Lunatic asylums Madras 1877-1891 - 1877-1891
Year: 1877
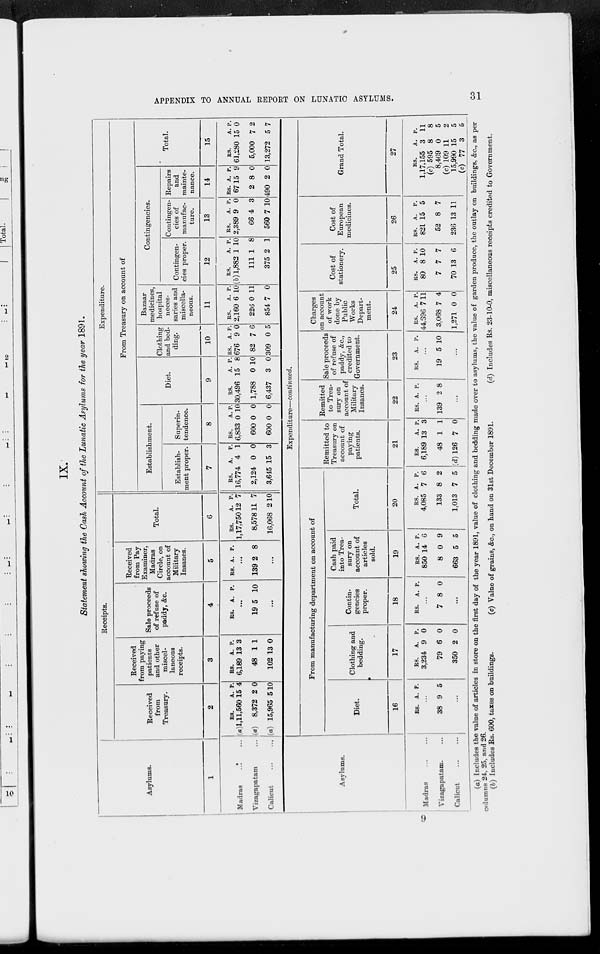
APPENDIX
TO
ANNUAL
REPORT
ON
LUNATIC
ASYLUMS.
31
IX.
Statement showing the Cash Account of the Lunatic Asylums for the year 1891.
Asylums.
1
Madras
...
...
Vizagapatam ...
Calicut
...
...
Receipts.
Received
from
Treasury.
2
RS.
(a)1,11,560
(a) 8,372
(a) 15,965
A.
15
2
5
P.
4
0
10
Received
from paying
patients
and other
miscel-
laneous
receipts.
3
RS.
6,189
48
102
A.
13
1
13
P.
3
1
0
Sale proceeds
of refuse of
paddy, &c.
4
RS. A. P.
...
19 5 10
...
Received
from Pay
Examiner,
Madras
Circle, on
account of
Military
Insanes.
5
RS. A. P.
...
139 2 8
...
Total.
6
RS.
1,17,750
8,578
16,068
A.
12
11
2
P.
7
7
10
Expenditure.
From Treasury on account of
Establishment.
Establish-
ment proper.
7
RS.
16,774
2,124
3,645
A.
4
0
15
P.
1
0
3
Superin-
tendence.
8
RS.
6,833
600
600
A.
0
0
0
P.
10
0
0
Diet.
9
RS.
30,496
1,788
6,437
A.
15
0
3
P.
8
10
0
Clothing
and bed-
ding.
10
RS.
676
82
309
A.
9
7
0
P.
0
6
5
Bazaar
medicines,
hospital
neces-
saries and
miscella-
neous.
11
RS.
2,160
226
854
A.
6
0
7
P.
10
11
0
Contingencies.
Contingen-
cies proper.
12
RS.
(b) 1,882
111
375
A.
1
1
2
P.
10
8
1
Contingen-
cies of
manufac-
ture.
13
RS.
2,389
66
560
A.
9
4
7
P.
0
3
10
Repairs
and
mainte-
nance.
14
RS.
67
2
490
A.
15
8
2
P.
9
0
0
Total.
15
RS.
61,280
5,000
13,272
A.
15
7
5
P.
0
2
7
Asylums.
Madras
...
...
Vizagapatam ... ...
Calicut
...
...
Expenditure—continued.
From manufacturing department on account of
Diet.
16
RS.
A. P.
...
38 9 5
...
Clothing and
bedding.
17
RS.
3,234
79
350
A.
9
6
2
P.
0
0
0
Contin-
gencies
proper.
18
RS.
A. P.
...
7 8 0
...
Cash paid
into Trea-
sury on
account of
articles
sold.
19
RS.
850
8
663
A.
14
0
5
P.
6
9
5
Total.
20
RS.
4,085
133
1,013
A.
7
8
7
P.
6
2
5
Remitted to
Treasury on
account of
paying
patients.
21
RS.
6,189
48
(d) 126
A.
13
1
7
P.
3
1
0
Remitted
to Trea-
sury on
account of
Military
Insanes.
22
RS. A. P.
...
139 2 8
...
Sale proceeds
of refuse of
paddy, &c.,
credited to
Government.
23
RS.
A. P.
...
19 5 10
...
Charges
on account
of work
done by
Public
Works
Depart-
ment.
24
RS.
44,696
3,068
1,271
A.
7
7
0
P.
11
4
0
Cost of
stationery.
25
RS.
80
7
70
A.
8
7
13
P.
10
7
6
Cost of
European
medicines.
26
RS.
821
52
236
A.
15
8
13
P.
5
7
11
Grand Total.
27
RS.
1,17,155
(c) 595
8,469
(c) 109
15,990
(c) 77
A.
3
8
0
11
15
3
P.
11
8
5
2
5
5
(a) Includes the value of articles in store on the first day of the year 1891, value of clothing and bedding made over to asylums, the value of garden produce, the outlay on buildings, &c., as per
columns 24, 25, and 26.
(b) Includes Rs. 600, taxes on buildings.
(c) Value of grains, &c., on hand on 31st December 1891.
(d) Includes Rs. 23-10-0, miscellaneous receipts credited to Government.
9